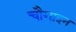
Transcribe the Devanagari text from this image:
चौगाइन